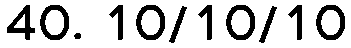
40. 10/10/10